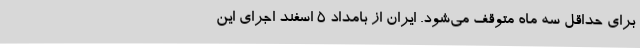
برای حداقل سه ماه متوقف می‌شود. ایران از بامداد ۵ اسفند اجرای این